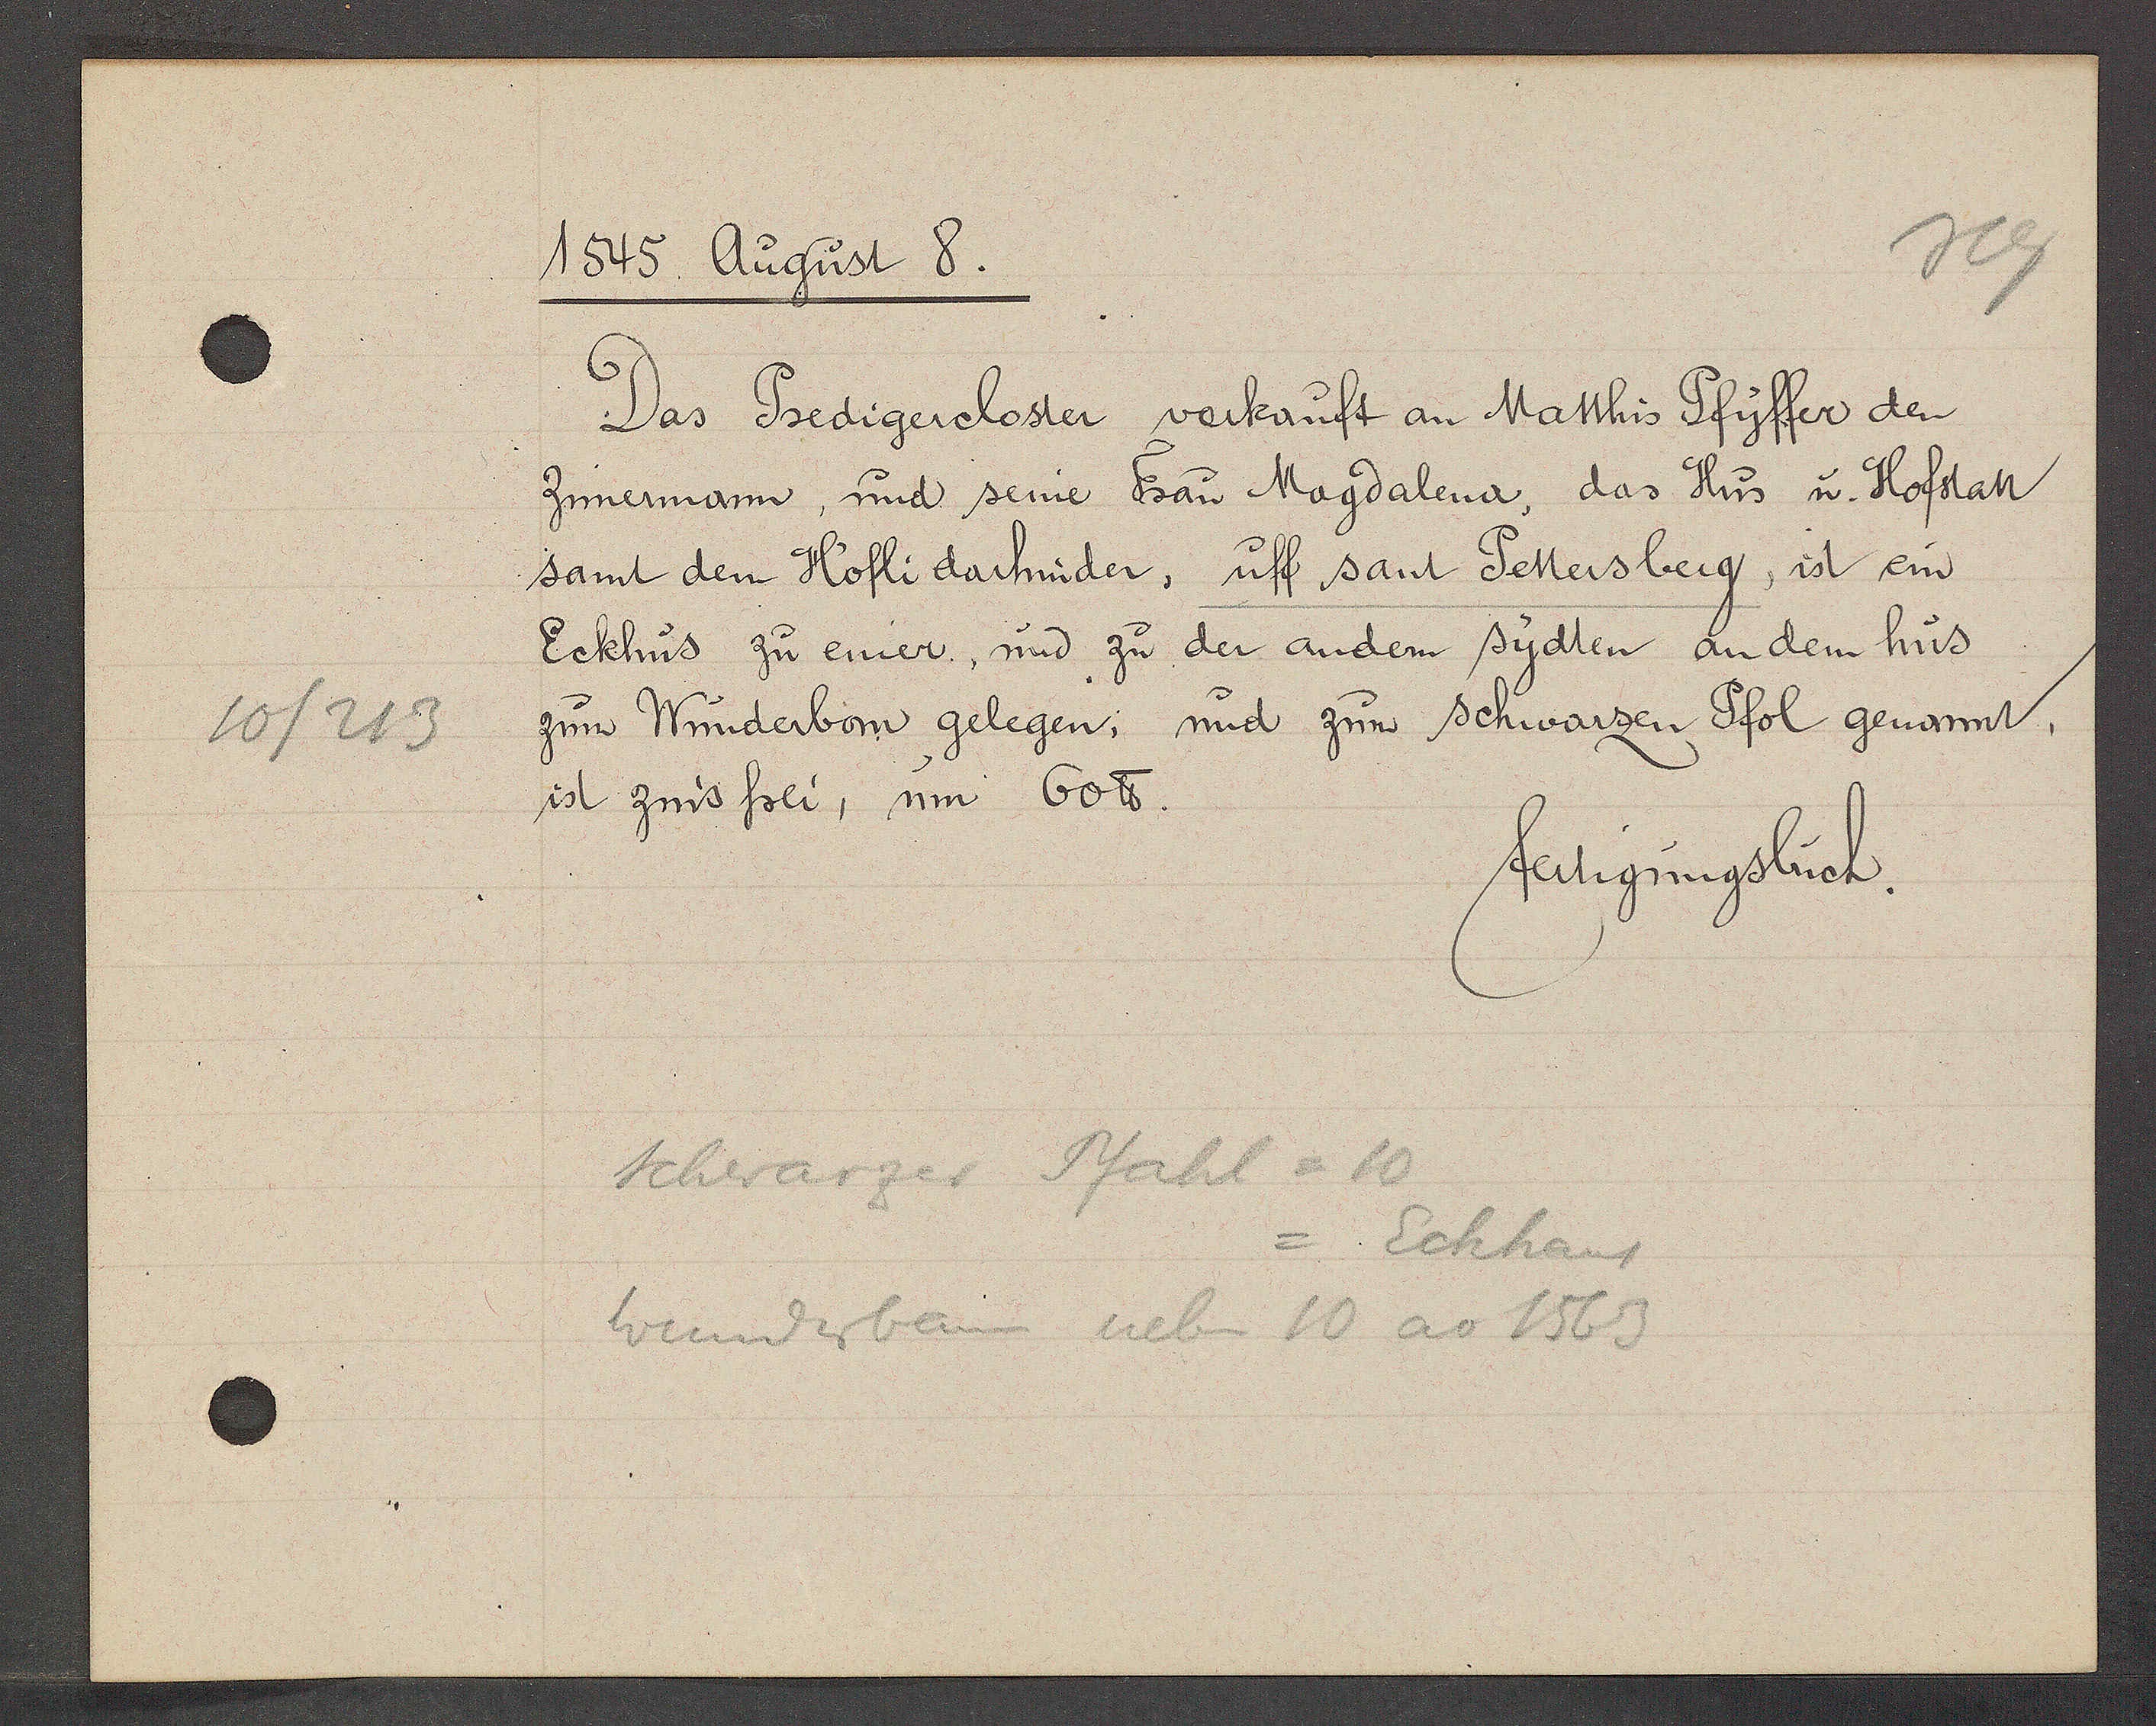
Transcript:
10/213

1545 August 8.

Das Predigercloster verkauft an Matthis Pfyffer den
Zinnermann, und seine Frau Magdalena, das Hus u. Hofstatt
samt dem Höfli darhinder, uff sant Pettersberg, ist ein
Eckhus zu einer, und zu der andern sydten an dem hus
zum Winderbom gelegen, und zum schwarzen Pfol genannt,
ist zins frei, um 60 ℔

Schwarzer Pfahl = 10
wunderbann neben 10 ao 1563
= Eckhauf

fertigungsbuch.